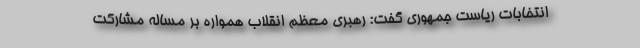
انتخابات ریاست جمهوری گفت: رهبری معظم انقلاب همواره بر مساله مشارکت